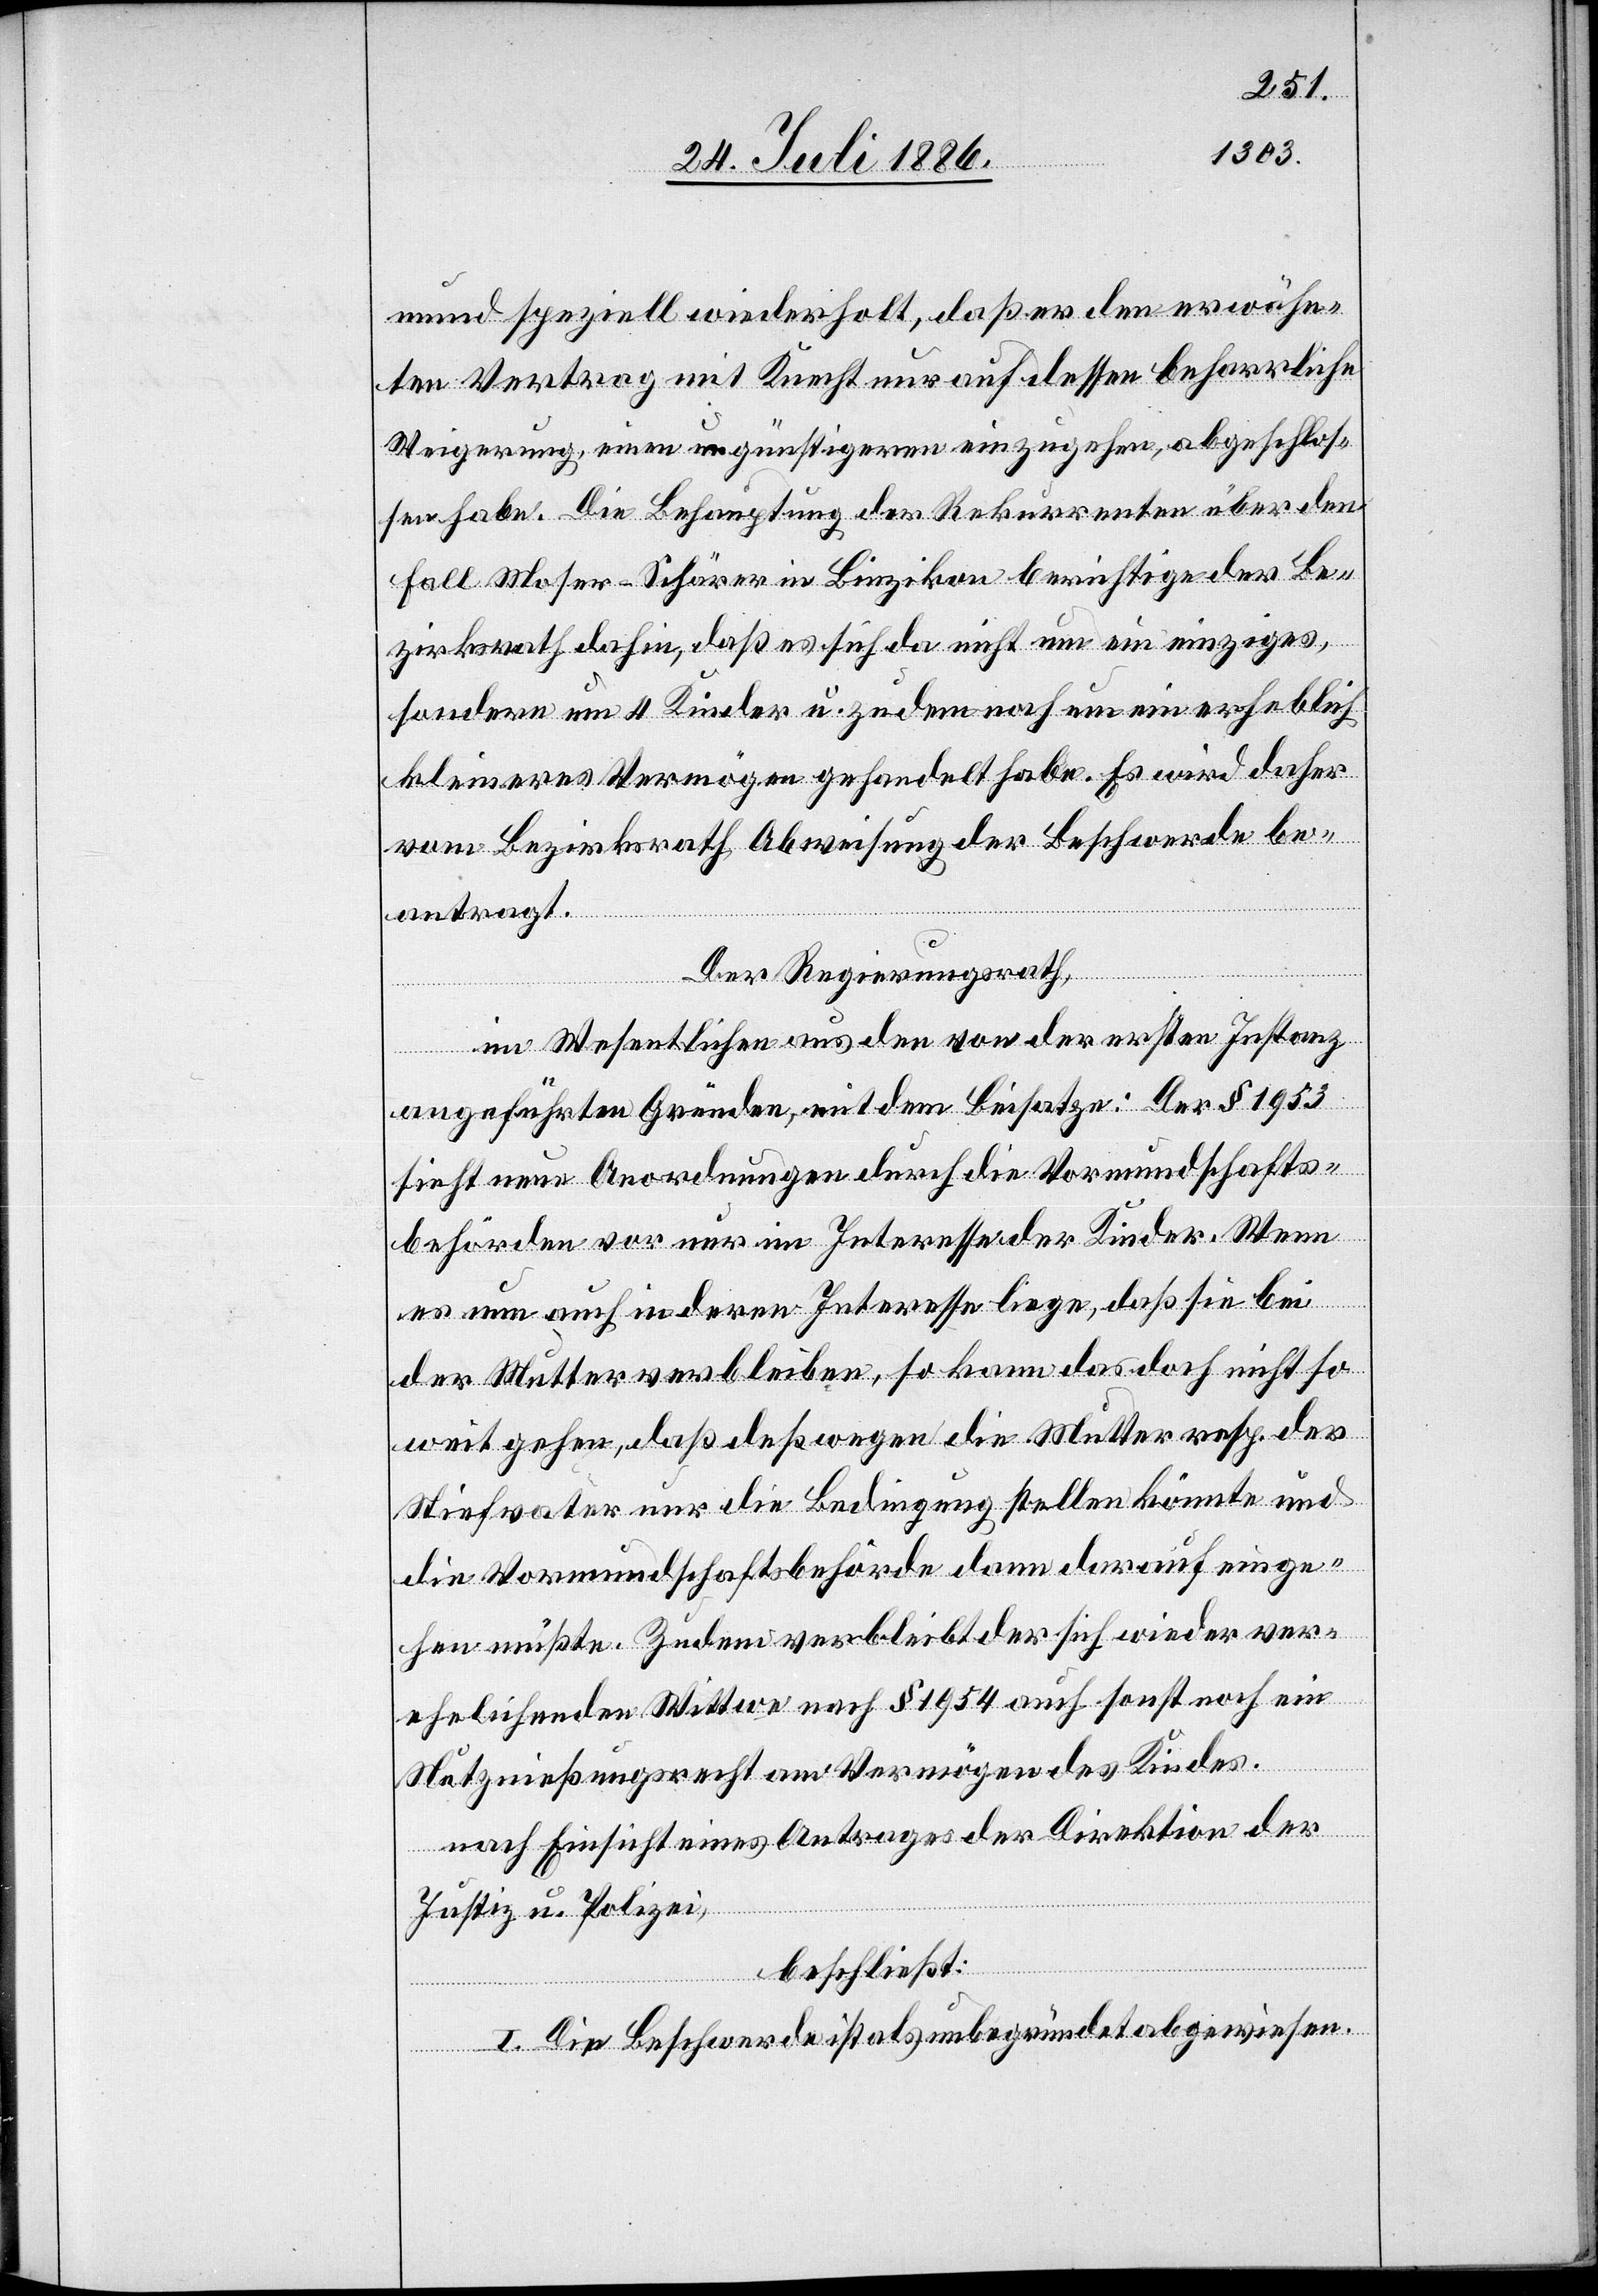
mund speziell wiederholt, daß er den erwähn¬
ten Vertrag mit Knecht nur auf dessen beharrliche
Weigerung, einen günstigeren einzugehen, abgeschlos¬
sen habe. Die Behauptung der Rekurrenten über den
Fall Moser-Schärer in Binzikon berichtige der Be¬
zirksrath dahin, daß es sich da nicht um ein einziges
sondern um 4 Kinder u. zudem noch um ein erheblich
kleineres Vermögen gehandelt habe. Es wird daher
vom Bezirksrath Abweisung der Beschwerde be¬
antragt.
Der Regierungsrath,
im Wesentlichen aus den von der ersten Instanz
angeführten Gründen, mit dem Beisatze: Der § 1953
sieht neue Anordnungen durch die Vormundschafts¬
behörden vor nur im Interesse der Kinder. Wenn
es nun auch in deren Interesse liege, daß sie bei
der Mutter verbleiben, so kann das doch nicht so
weit gehen, daß deßwegen die Mutter resp. der
Stiefvater nur die Bedingungen stellen könnte und
die Vormundschaftsbehörde dann darauf einge¬
hen müßte. Zudem verbleibt der sich wieder ver¬
ehelichenden Wittwe nach § 1954 auch sonst noch ein
Nutznießungsrecht am Vermögen des Kindes.
nach Einsicht eines Antrages der Direktion der
Justiz u. Polizei,
beschließt:
I. Die Beschwerde ist als unbegründet abgewiesen.